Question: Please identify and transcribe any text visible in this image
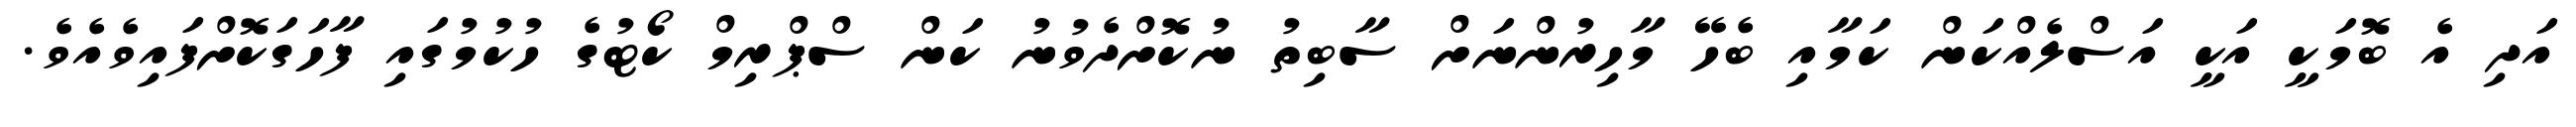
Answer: އަދި އެ ބޮމަކީ އަކީ އަސްލެއްކަން ކަމާއި ބެހޭ މާހިރުންނަށް ސާބިތު ނުކޮށްދެވުނު ކަން ސްޕްރިމް ކޯޓުގެ ހުކުމުގައި ފާހަގަކޮށްފައިވެއެވެ.